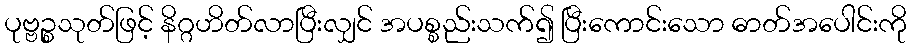
ပုဗ္ဗဉ္စသုတ်ဖြင့် နိဂ္ဂဟိတ်လာပြီးလျှင် အပစ္စည်းသက်၍ ပြီးကောင်းသော ဓာတ်အပေါင်းကို